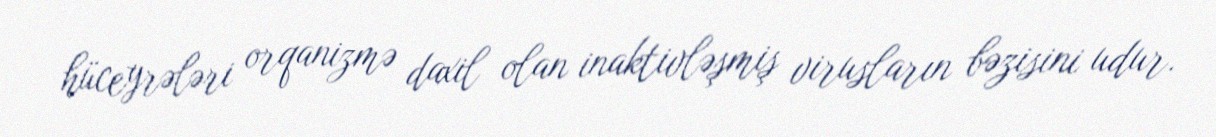
hüceyrələri orqanizmə daxil olan inaktivləşmiş virusların bəzisini udur.